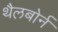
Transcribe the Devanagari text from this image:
थैलबोर्न